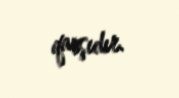
qarşıdır.